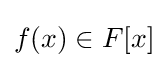
f(x)\in F[x]